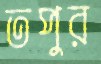
তপুর